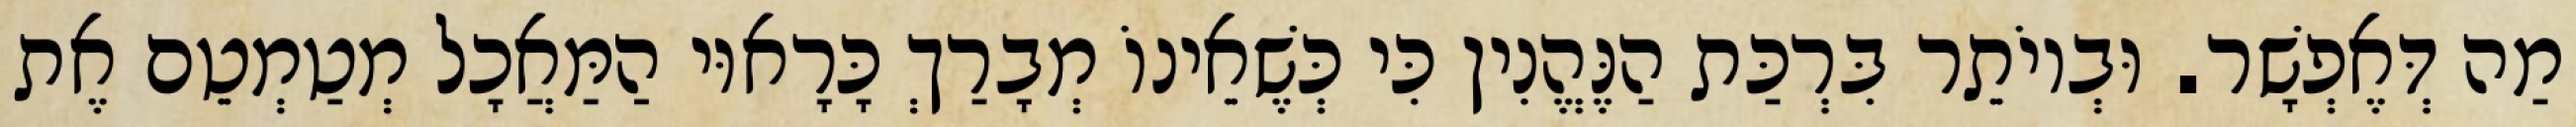
מַה דְּאֶפְשָׁר. וּבְיוֹתֵר בִּרְכַּת הַנֶּהֱנִין כִּי כְּשֶׁאֵינוֹ מְבָרַךְ כָּרָאוּי הַמַּאֲכָל מְטַמְטֵם אֶת